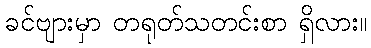
ခင်ဗျားမှာ တရုတ်သတင်းစာ ရှိလား။